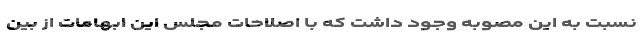
نسبت به این مصوبه وجود داشت که با اصلاحات مجلس این ابهامات از بین